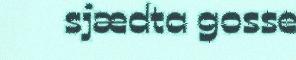
sjædta gosse